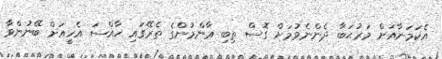
އެކަމަނާއަށް މަރުޙަބާ ދެންނެވުމަށް ގޮސް ތިބި ޢާންމުންގެ ތެރޭގައި ޚާއްސަ އެހީއަށް ބޭނުންވާ